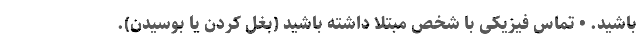
باشید. • تماس فیزیکی با شخص مبتلا داشته باشید (بغل کردن یا بوسیدن).